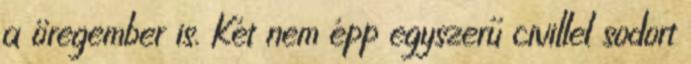
a öregember is. Két nem épp egyszerű civillel sodort